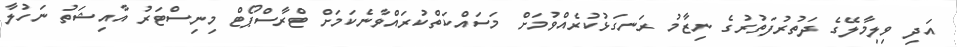
އަދި ވިލިމާލޭގެ ދަތުރުފަތުރުގެ ނިޒާމު ރަނގަޅުކުރެއްވުމަށް މަސައްކަތްކުރައްވާނެކަމަށް ޓްރާސްޕޯޓް މިނިސްޓަރު އާއިޝަތު ނަހުލާ